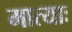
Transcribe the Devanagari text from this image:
मात्याः